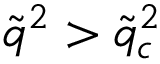
\tilde { q } ^ { 2 } > \tilde { q } _ { c } ^ { 2 }